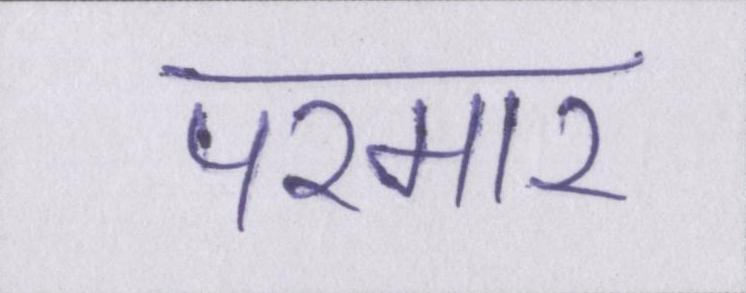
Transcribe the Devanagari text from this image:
परमार